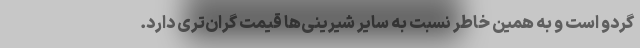
گردو است و به همین خاطر نسبت به سایر شیرینی‌ها قیمت گران‌تری دارد.